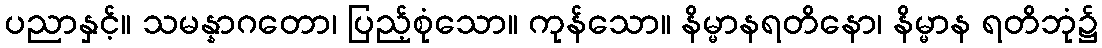
ပညာနှင့်။ သမန္နာဂတော၊ ပြည့်စုံသော။ ကုန်သော။ နိမ္မာနရတိနော၊ နိမ္မာန ရတိဘုံ၌